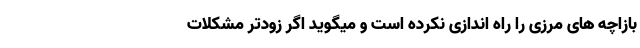
بازاچه های مرزی را راه اندازی نکرده است و میگوید اگر زودتر مشکلات